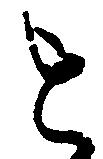
を